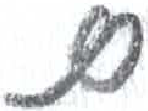
אות: ם